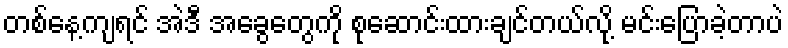
တစ်နေ့ကျရင် အဲဒီ အခွေတွေကို စုဆောင်းထားချင်တယ်လို့ မင်းပြောခဲ့တာပဲ